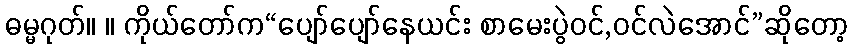
ဓမ္မဂုတ်။ ။ ကိုယ်တော်က“ပျော်ပျော်နေယင်း စာမေးပွဲဝင်,ဝင်လဲအောင်”ဆိုတော့